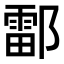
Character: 𫑪